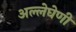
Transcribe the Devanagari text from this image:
अल्लेघेणी